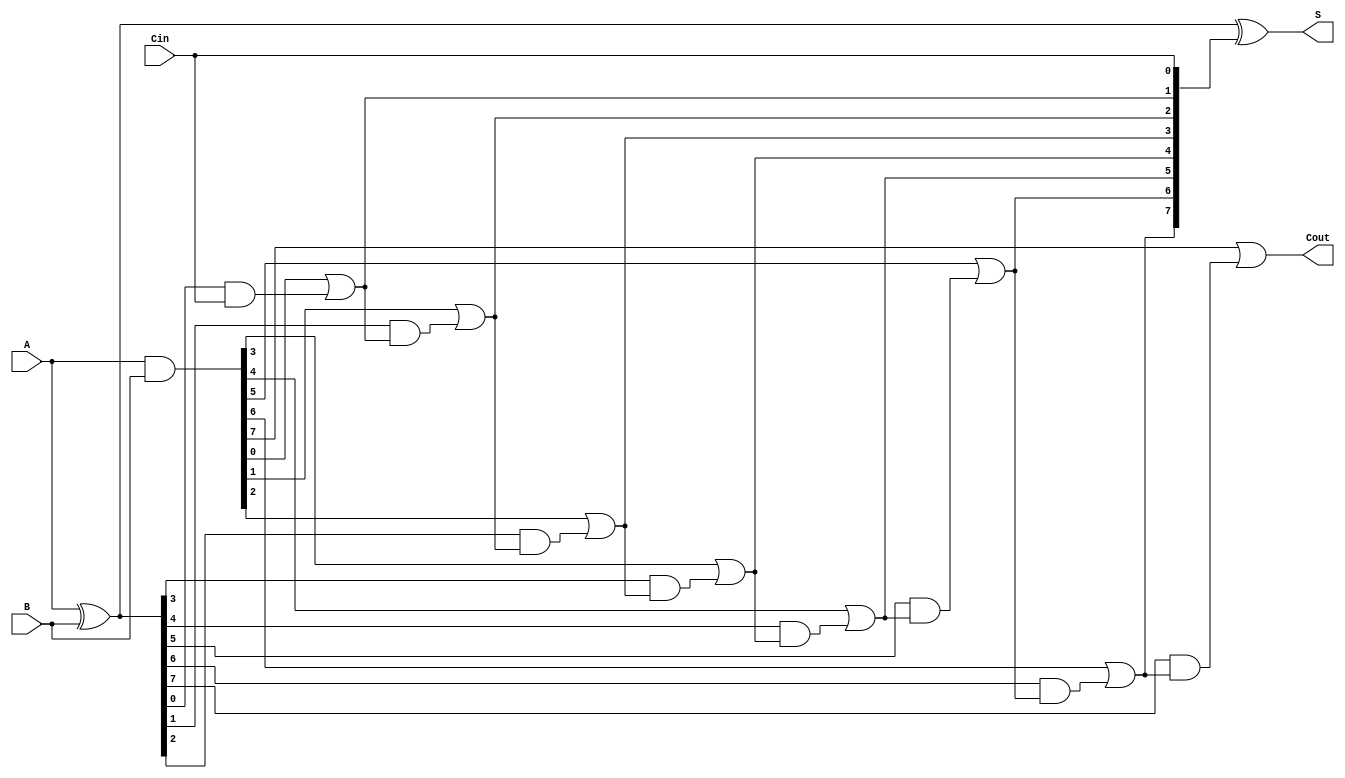
module brent_kung_adder #(
    parameter n = 8 // Width of the adder
)(
    input [n-1:0] A, // First input
    input [n-1:0] B, // Second input
    input Cin,       // Carry-in
    output [n-1:0] S, // Sum output
    output Cout      // Carry-out
);

    // Generate and Propagate signals
    wire [n-1:0] G; // Generate signals
    wire [n-1:0] P; // Propagate signals
    wire [n:0] C;   // Carry signals

    // Generate and Propagate calculations
    assign G = A & B; // Generate
    assign P = A ^ B; // Propagate

    // Carry signal initialization
    assign C[0] = Cin; // Initial carry-in

    // Stage 1: Calculate carry signals
    genvar i;
    generate
        for (i = 0; i < n; i = i + 1) begin : stage1
            assign C[i + 1] = G[i] | (P[i] & C[i]);
        end
    endgenerate

    // Sum calculation
    assign S = P ^ C[n-1:0]; // Sum bits

    // Final carry-out
    assign Cout = C[n]; // Final carry-out

endmodule